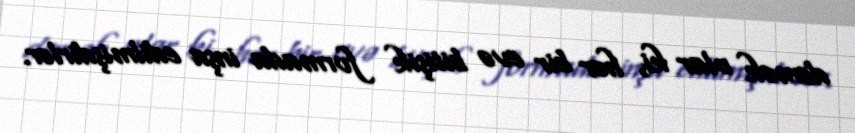
demək olar ki, hər bir evə bitişik formada inşa edilmişdirlər.